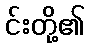
င်းတို့၏